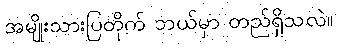
အမျိုးသားပြတိုက် ဘယ်မှာ တည်ရှိသလဲ။